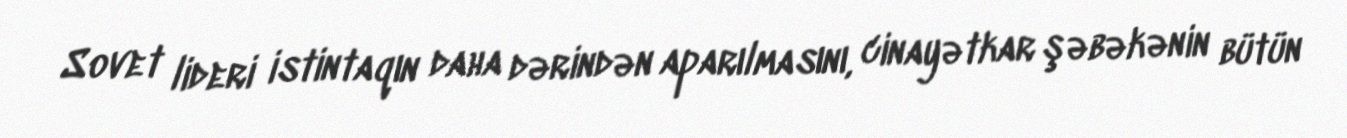
Sovet lideri istintaqın daha dərindən aparılmasını, cinayətkar şəbəkənin bütün